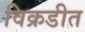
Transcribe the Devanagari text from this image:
विक्रडीत